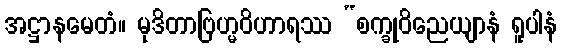
အဋ္ဌာနမေတံ။ မုဒိတာဗြဟ္မဝိဟာရဿ “စက္ခုဝိညေယျာနံ ရူပါနံ